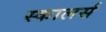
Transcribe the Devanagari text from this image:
स्कालर्स